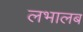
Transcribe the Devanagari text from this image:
लभालब